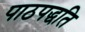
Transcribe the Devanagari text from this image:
पाठपद्धति